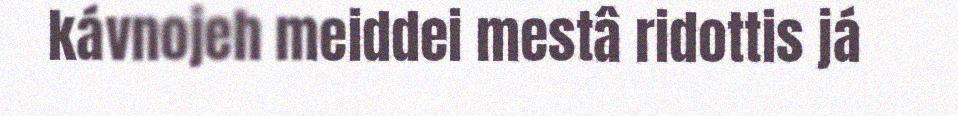
kávnojeh meiddei mestâ ridottis já